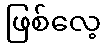
ဖြစ်လေ့